system: You are a helpful assistant.
user:
Analyze the provided spectrum to determine if it is a **S-type Star**.

- **Key Indicators for S-type Star:**

    - **(Overall Spectrum Shape):** The first and most obvious characteristic is the overall continuum (the "baseline" shape). It is **extremely "red-sloping,"** meaning the flux (light intensity) is very low on the left side (blue, ~4000-4500 Å) and rises steeply and continuously toward the right side (red, ~7000 Å+).

    - **(Primary):** The spectrum is defined by the presence of strong, broad molecular absorption "valleys" (bands) from **Zirconium Oxide (ZrO)**. The identification of these bands is the **primary requirement** for classifying a star as S-type.
        - **(Key Bandheads):** You must find distinct, deep "dips" where the light has been absorbed. The most critical band systems to locate are:
            - **~6474 Å** ($\gamma$-system): This is often the strongest and clearest ZrO feature, found in the red part of the spectrum.
            - **~5718 Å** & **~5551 Å** ($\beta$-system): A pair of prominent absorption features in the yellow-orange part of the spectrum.
            - **~4640 Å** ($\alpha$-system): A key absorption band system in the blue-green region of the spectrum.

    - **(Secondary Confirmation):** The classification is strengthened by finding additional absorption bands from other related heavy element oxides, which are expected to be present alongside ZrO.
        - **(Key Bandheads):**
            - **Yttrium Oxide (YO):** Look for absorption dips near **~4800 Å** and **~6100 Å**.
            - **Lanthanum Oxide (LaO):** Additional absorption features, particularly in the red-orange part of the spectrum, are also characteristic.

    - **(Line Profile):** The combination of the steep red continuum and these numerous, deep molecular bands (ZrO, YO, etc.) gives the entire spectrum a very **"chopped-up"** or **"bumpy"** appearance. Instead of a smooth curve, the spectrum looks as though large, wide chunks of light have been "carved out" of it at the specific wavelengths listed above.

Think first, call **spectral_visualization_tool** if needed to examine features in detail, then provide your final answer. Your response must adhere to the following strict rules:
1.  **Overall Structure:** Your response must follow the format `<think>...</think> <tool_call>...</tool_call> (if a tool is used) <answer>...</answer>`.
2.  **Tool Usage Constraint:** You may only make **one** tool call per turn.
3.  **Final Answer Format:** In the `<answer>` tag, your conclusion must be inside a `\boxed{}` command (e.g., `\boxed{YES}` or `\boxed{NO}`), followed by your justification.

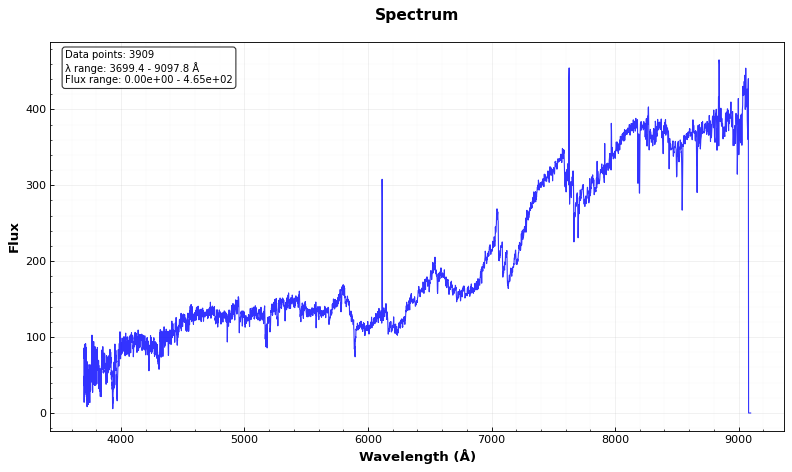
Answer: NO